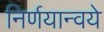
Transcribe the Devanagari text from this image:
निर्णयान्वये